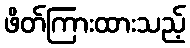
ဖိတ်ကြားထားသည့်